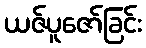
ယဇ်ပူဇော်ခြင်း